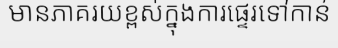
មានភាគរយខ្ពស់ក្នុងការផ្ទេរទៅកាន់